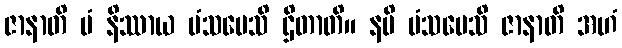
ဇာနာတိ မံ နိဿာယ မံသပေသိ ဌိတာတိ။ နပိ မံသပေသိ ဇာနာတိ အဟံ